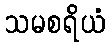
သမစရိယံ